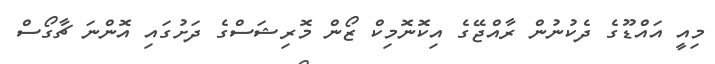
މިއީ އައްޑޫގެ ދެކުނުން ރާއްޖޭގެ އިކޮނޮމިކް ޒޯން މޮރިޝަސްގެ ދަށުގައި އޮންނަ ޗާގޯސް